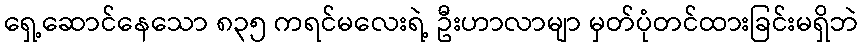
ရှေ့ဆောင်နေသော ၈၃၅ ကရင်မလေးရဲ့ ဦးဟာလာမျာ မှတ်ပုံတင်ထားခြင်းမရှိဘဲ